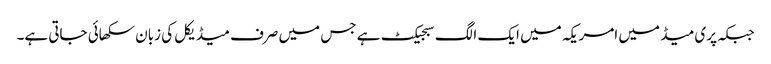
جبکہ پری میڈ میں امریکہ میں ایک الگ سبجیکٹ ہے جس میں صرف میڈیکل کی زبان سکھائی جاتی ہے۔